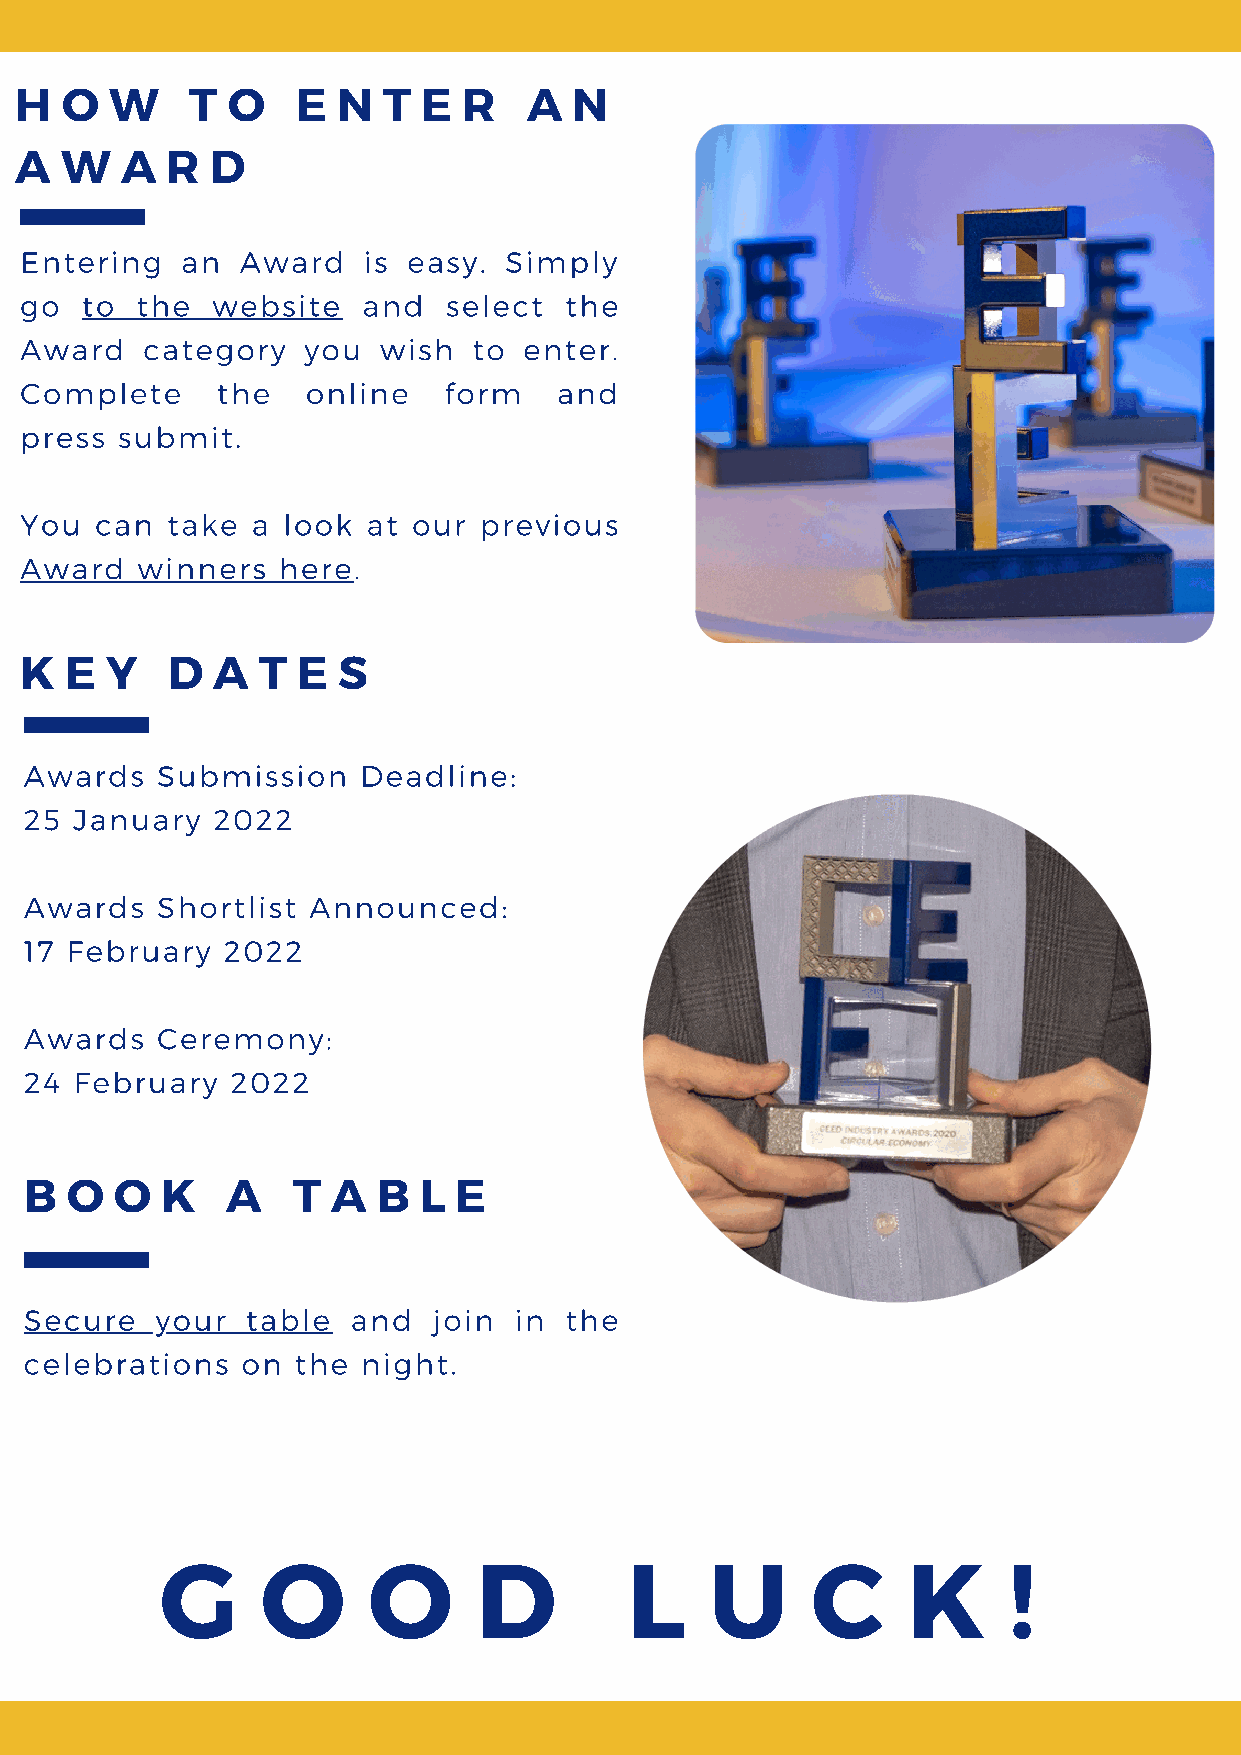
H  O  W     T O    E N  T  E  R   A  N
 A  W   A  R  D
 Entering   an  Award   is easy. Simply
 go  to  the  website   and   select the
 Award   category   you  wish  to  enter.
 Complete     the   online   form    and
 press  submit.
 You  can  take  a look at our  previous
 Award   winners  here.
 K  E  Y   D  A  T  E S
 Awards  Submission    Deadline:
 25 January  2022
 Awards  Shortlist Announced:
 17 February  2022
 Awards  Ceremony:
 24 February  2022
 B O   O  K   A   T  A  B  L E
 Secure  your  table  and   join in the
 celebrations  on  the night.
 G     O      O      D         L     U      C     K      !